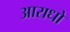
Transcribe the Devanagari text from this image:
आराधो